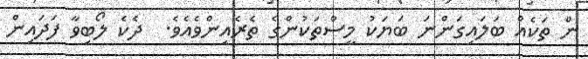
ން ތަކެއް ބަލައިގަންނަ ބަޔަކު މީސްތަކުންގެ ތެރެއިންވެއެވެ.  ދެކެ ލޯބިވާ ފަދައިން